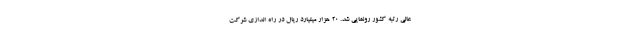
عالی رتبه کشور رونمایی شد. ۲۰ هزار میلیارد ریال در راه اندازی شرکت